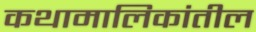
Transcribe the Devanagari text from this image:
कथामालिकांतील